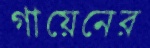
গায়েনের